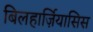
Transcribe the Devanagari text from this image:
बिलहार्ज़ियासिस